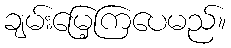
ချမ်းမြေ့ကြပေမည်။